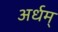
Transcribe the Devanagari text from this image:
अर्धम्